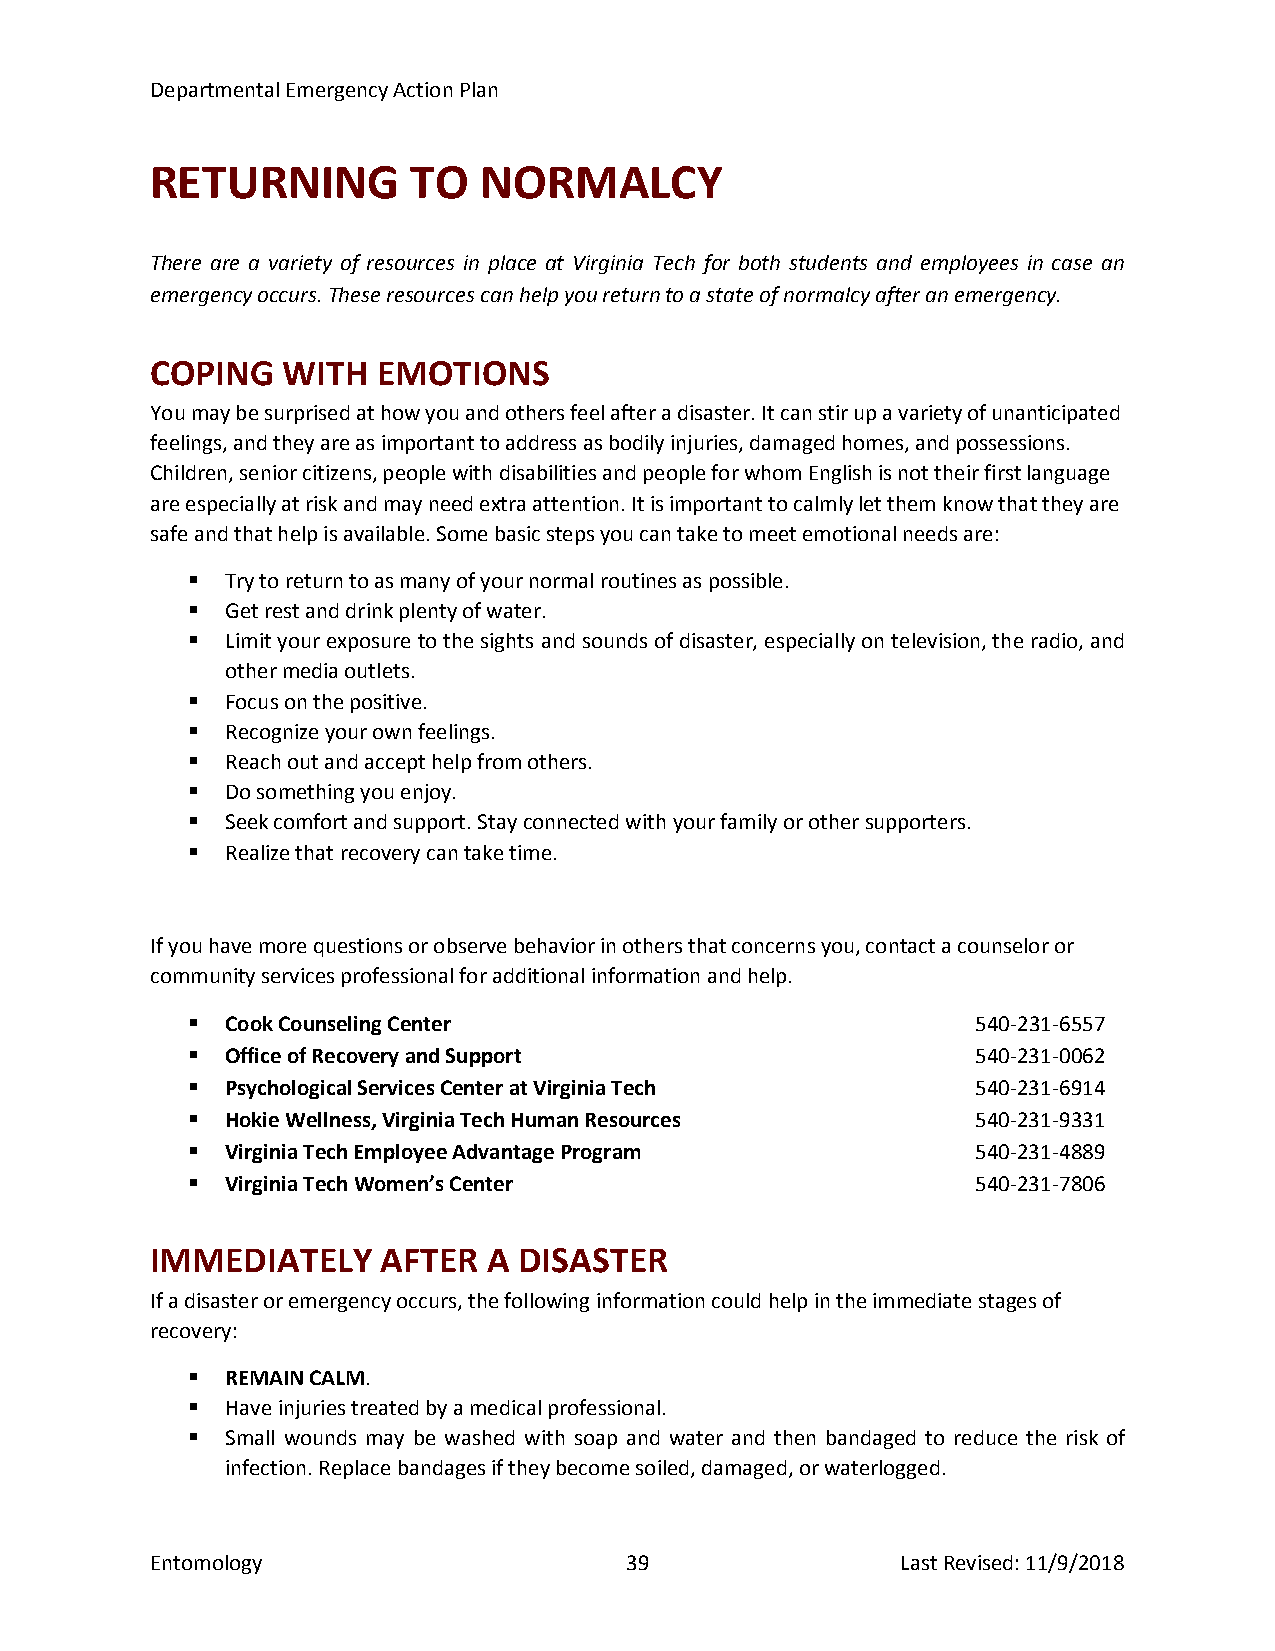
Departmental Emergency Action Plan
 RETURNING        TO   NORMALCY
 There are a variety of resources in place at Virginia Tech for both students and employees in case an
 emergency occurs. These resources can help you return to a state of normalcy after an emergency.
 COPING   WITH  EMOTIONS
 You may be surprised at how you and others feel after a disaster. It can stir up a variety of unanticipated
 feelings, and they are as important to address as bodily injuries, damaged homes, and possessions.
 Children, senior citizens, people with disabilities and people for whom English is not their first language
 are especially at risk and may need extra attention. It is important to calmly let them know that they are
 safe and that help is available. Some basic steps you can take to meet emotional needs are:
   Try to return to as many of your normal routines as possible.
   Get rest and drink plenty of water.
   Limit your exposure to the sights and sounds of disaster, especially on television, the radio, and
 other media outlets.
   Focus on the positive.
   Recognize your own feelings.
   Reach out and accept help from others.
   Do something you enjoy.
   Seek comfort and support. Stay connected with your family or other supporters.
   Realize that recovery can take time.
 If you have more questions or observe behavior in others that concerns you, contact a counselor or
 community services professional for additional information and help.
   Cook Counseling Center                            540-231-6557
   Office of Recovery and Support                    540-231-0062
   Psychological Services Center at Virginia Tech    540-231-6914
   Hokie Wellness, Virginia Tech Human Resources     540-231-9331
   Virginia Tech Employee Advantage Program          540-231-4889
   Virginia Tech Women’s Center                      540-231-7806
 IMMEDIATELY    AFTER  A DISASTER
 If a disaster or emergency occurs, the following information could help in the immediate stages of
 recovery:
   REMAIN CALM.
   Have injuries treated by a medical professional.
   Small wounds may be washed with soap and water and then bandaged to reduce the risk of
 infection. Replace bandages if they become soiled, damaged, or waterlogged.
 Entomology                     39                 Last Revised: 11/9/2018